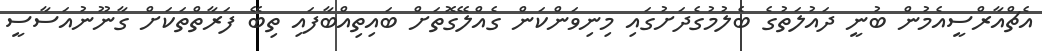
އެޗްއާރްސީއެމުން ބުނީ ދައުލަތުގެ ބެލުމުގެދަށުގައި މިނިވަންކަން ގެއްލޭގޮތަށް ބައިތިއްބާފައި ތިބޭ ފަރާތްތަކަށް ގާނޫނުއަސާސީ